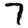
Digit: 7